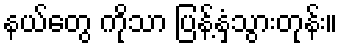
နယ်တွေ ကိုသာ ပြန့်နှံ့သွားတုန်း။